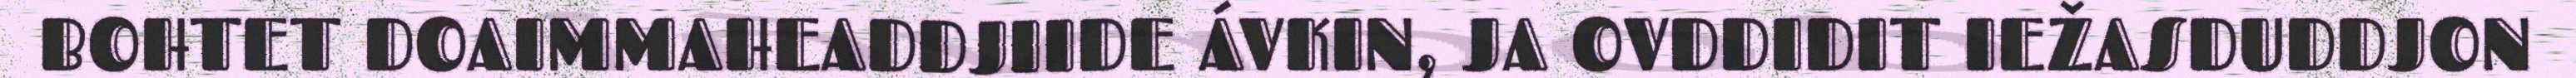
BOHTET DOAIMMAHEADDJIIDE ÁVKIN, JA OVDDIDIT IEŽASDUDDJON